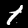
Digit: 1